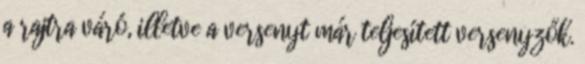
a rajtra váró, illetve a versenyt már teljesített versenyzők.